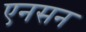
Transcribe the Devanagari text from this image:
एनसन